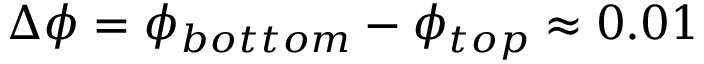
\Delta \phi = \phi _ { b o t t o m } - \phi _ { t o p } \approx 0 . 0 1